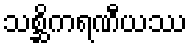
သစ္ဆိကရဏီယဿ